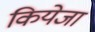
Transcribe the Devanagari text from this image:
कियेजा